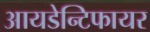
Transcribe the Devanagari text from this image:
आयडेन्टिफायर